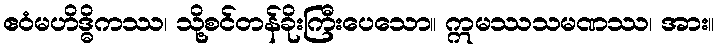
ဧဝံမဟိဒ္ဓိကဿ၊ သို့စင်တန်ခိုးကြီးပေသော။ ဣမဿသမဏဿ၊ အား။